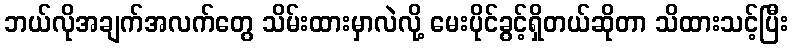
ဘယ်လိုအချက်အလက်တွေ သိမ်းထားမှာလဲလို့ မေးပိုင်ခွင့်ရှိတယ်ဆိုတာ သိထားသင့်ပြီး